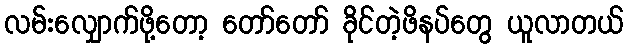
လမ်းလျှောက်ဖို့တော့ တော်တော် ခိုင်တဲ့ဖိနပ်တွေ ယူလာတယ်